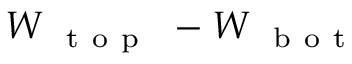
W _ { \mathrm { ~ { ~ t ~ o ~ p ~ } ~ } } - W _ { \mathrm { ~ { ~ b ~ o ~ t ~ } ~ } }